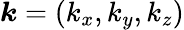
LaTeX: \boldsymbol{k}=(k_{x},k_{y},k_{z})